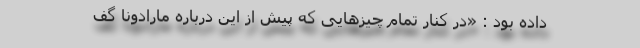
داده بود : «در کنار تمام چیزهایی که پیش از این درباره مارادونا گف